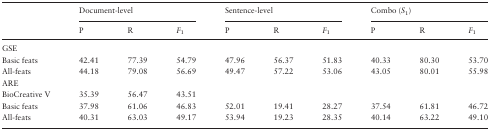
<table><thead><tr><td></td><td colspan="3"><b>Document-level</b></td><td colspan="3"><b>Sentence-level</b></td><td colspan="3"><b>Combo (<i>S</i><sub>1</sub>)</b></td></tr><tr><td></td><td><b>P</b></td><td><b>R</b></td><td><b><i>F</i><sub>1</sub></b></td><td><b>P</b></td><td><b>R</b></td><td><b><i>F</i><sub>1</sub></b></td><td><b>P</b></td><td><b>R</b></td><td><b><i>F</i><sub>1</sub></b></td></tr></thead><tbody><tr><td>GSE</td><td></td><td></td><td></td><td></td><td></td><td></td><td></td><td></td><td></td></tr><tr><td>Basic feats</td><td>42.41</td><td>77.39</td><td>54.79</td><td>47.96</td><td>56.37</td><td>51.83</td><td>40.33</td><td>80.30</td><td>53.70</td></tr><tr><td>All-feats</td><td>44.18</td><td>79.08</td><td>56.69</td><td>49.47</td><td>57.22</td><td>53.06</td><td>43.05</td><td>80.01</td><td>55.98</td></tr><tr><td>ARE</td><td></td><td></td><td></td><td></td><td></td><td></td><td></td><td></td><td></td></tr><tr><td>BioCreative V</td><td>35.39</td><td>56.47</td><td>43.51</td><td></td><td></td><td></td><td></td><td></td><td></td></tr><tr><td>Basic feats</td><td>37.98</td><td>61.06</td><td>46.83</td><td>52.01</td><td>19.41</td><td>28.27</td><td>37.54</td><td>61.81</td><td>46.72</td></tr><tr><td>All-feats</td><td>40.31</td><td>63.03</td><td>49.17</td><td>53.94</td><td>19.23</td><td>28.35</td><td>40.14</td><td>63.22</td><td>49.10</td></tr></tbody></table>